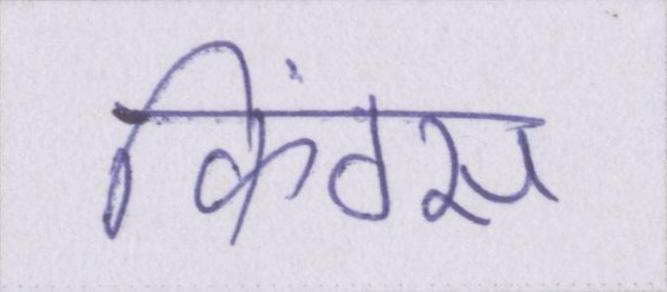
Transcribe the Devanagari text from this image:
किंग्स